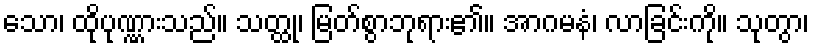
သော၊ ထိုပုဏ္ဏားသည်။ သတ္ထု၊ မြတ်စွာဘုရား၏။ အာဂမနံ၊ လာခြင်းကို။ သုတွာ၊